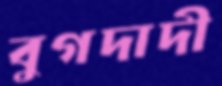
বুগদাদী